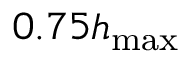
0 . 7 5 h _ { \mathrm { m a x } }